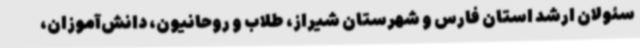
سئولان ارشد استان فارس و شهرستان شیراز، طلاب و روحانیون، دانش‌آموزان،